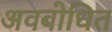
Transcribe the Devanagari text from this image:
अवबोधित